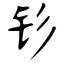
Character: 钐